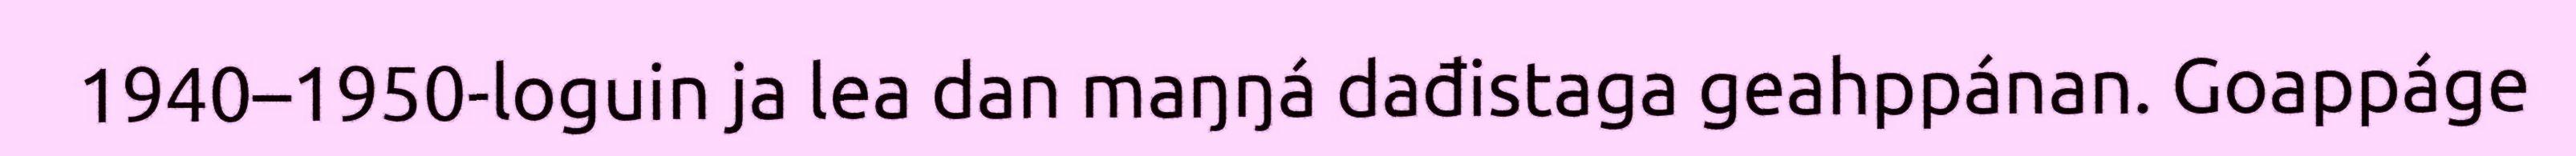
1940–1950-loguin ja lea dan maŋŋá dađistaga geahppánan. Goappáge